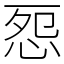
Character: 㤪